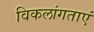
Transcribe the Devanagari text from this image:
विकलांगताएं